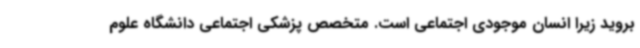
بروید زیرا انسان موجودی اجتماعی است. متخصص پزشکی اجتماعی دانشگاه علوم